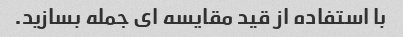
با استفاده از قید مقایسه ای جمله بسازید.